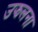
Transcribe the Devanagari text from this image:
उझलना